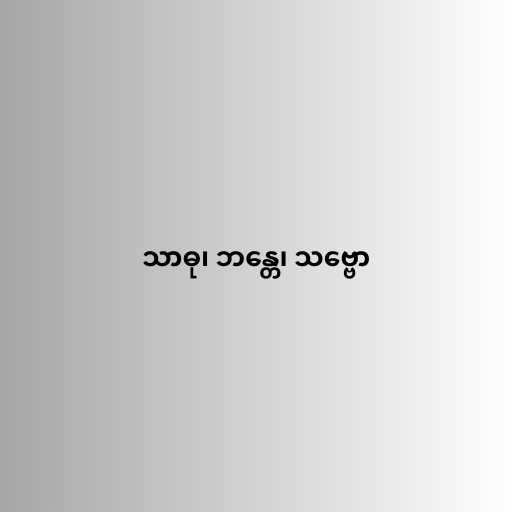
သာဓု၊ ဘန္တေ၊ သဗ္ဗော